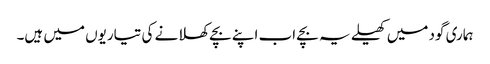
ہماری گود میں کھیلے یہ بچے اب اپنے بچے کھلانے کی تیاریوں میں ہیں۔